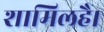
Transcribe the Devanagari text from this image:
शामिलहै।